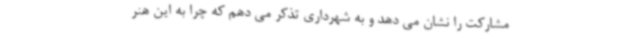
مشارکت را نشان می دهد و به شهرداری تذکر می دهم که چرا به این هنر